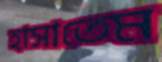
হাসাতেম